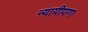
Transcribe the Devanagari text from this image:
न्यायीपणा